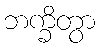
ဘက္ခိတွာ